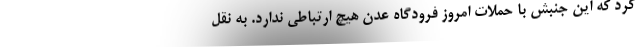
کرد که این جنبش با حملات امروز فرودگاه عدن هیچ ارتباطی ندارد. به نقل